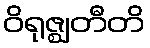
ဝိရုဇ္ဈတီတိ